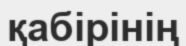
қабірінің